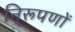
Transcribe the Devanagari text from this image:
नि्रूपणों